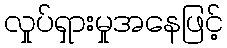
လှုပ်ရှားမှုအနေဖြင့်